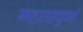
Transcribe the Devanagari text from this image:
महत्तव्पूर्ण